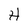
Character: H